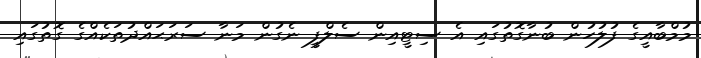
މުމްބާއީގެ ފުލުހުން ބުނާގޮތުގައި އެ ސިޓީއިން ސެލްފީ ނެގުން މަނާ ސަރަޙައްދުތަކެއްގެ ގޮތުގައި